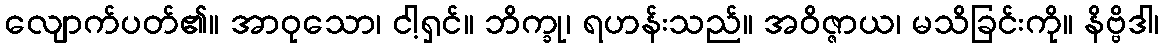
လျောက်ပတ်၏။ အာဝုသော၊ ငါ့ရှင်။ ဘိက္ခု၊ ရဟန်းသည်။ အဝိဇ္ဇာယ၊ မသိခြင်းကို။ နိဗ္ဗိဒါ၊